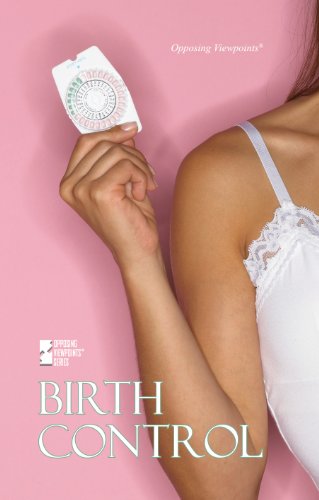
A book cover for Birth Control (Opposing Viewpoints); Margaret Haerens; Teen & Young Adult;